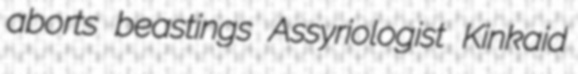
aborts beastings Assyriologist Kinkaid